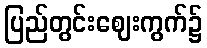
ပြည်တွင်းဈေးကွက်၌